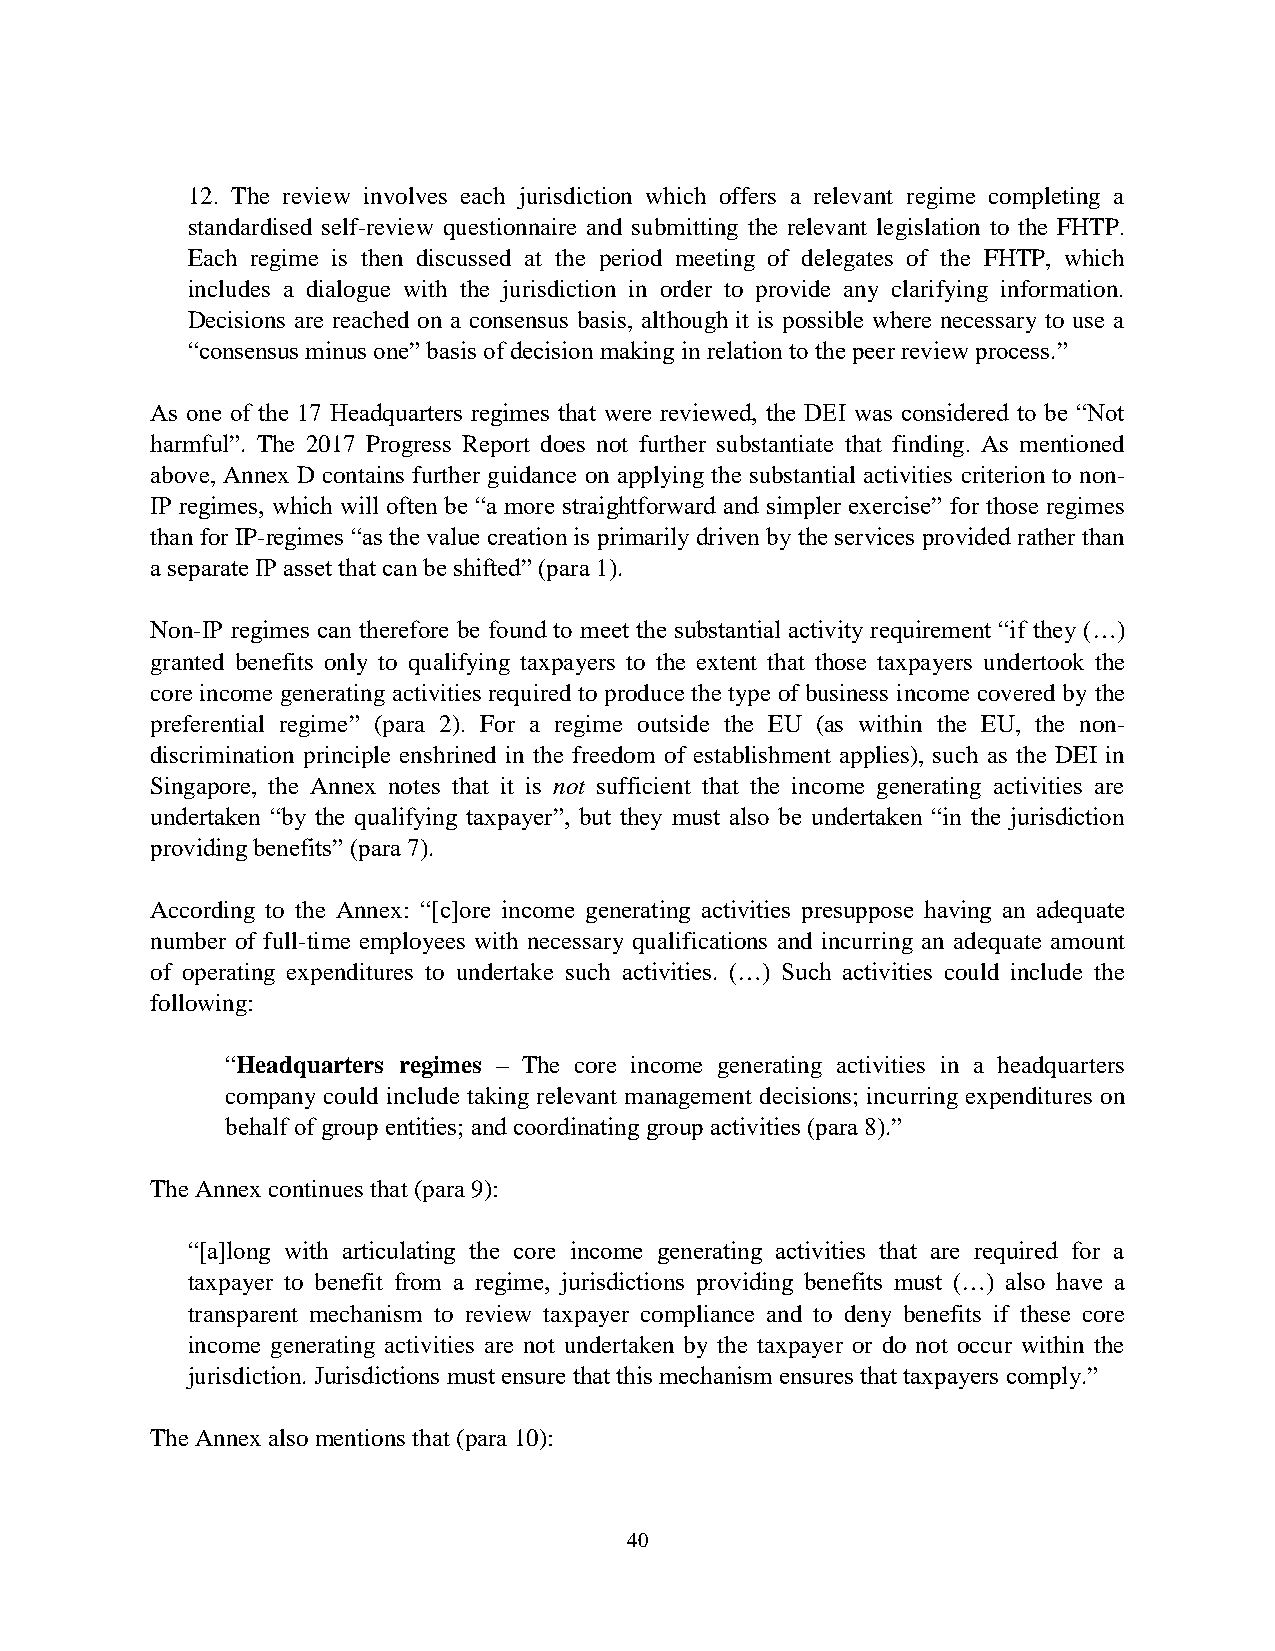
12. The review involves each jurisdiction which offers a relevant regime completing a
 standardised self-review questionnaire and submitting the relevant legislation to the FHTP.
 Each regime is then discussed at the period meeting of delegates of the FHTP, which
 includes a dialogue with the jurisdiction in order to provide any clarifying information.
 Decisions are reached on a consensus basis, although it is possible where necessary to use a
 “consensus minus one” basis of decision making in relation to the peer review process.”
 As one of the 17 Headquarters regimes that were reviewed, the DEI was considered to be “Not
 harmful”. The 2017 Progress Report does not further substantiate that finding. As mentioned
 above, Annex D contains further guidance on applying the substantial activities criterion to non-
 IP regimes, which will often be “a more straightforward and simpler exercise” for those regimes
 than for IP-regimes “as the value creation is primarily driven by the services provided rather than
 a separate IP asset that can be shifted” (para 1).
 Non-IP regimes can therefore be found to meet the substantial activity requirement “if they (…)
 granted benefits only to qualifying taxpayers to the extent that those taxpayers undertook the
 core income generating activities required to produce the type of business income covered by the
 preferential regime” (para 2). For a regime outside the EU (as within the EU, the non-
 discrimination principle enshrined in the freedom of establishment applies), such as the DEI in
 Singapore, the Annex notes that it is not sufficient that the income generating activities are
 undertaken “by the qualifying taxpayer”, but they must also be undertaken “in the jurisdiction
 providing benefits” (para 7).
 According to the Annex: “[c]ore income generating activities presuppose having an adequate
 number of full-time employees with necessary qualifications and incurring an adequate amount
 of operating expenditures to undertake such activities. (…) Such activities could include the
 following:
 “Headquarters regimes – The core income generating activities in a headquarters
 company could include taking relevant management decisions; incurring expenditures on
 behalf of group entities; and coordinating group activities (para 8).”
 The Annex continues that (para 9):
 “[a]long with articulating the core income generating activities that are required for a
 taxpayer to benefit from a regime, jurisdictions providing benefits must (…) also have a
 transparent mechanism to review taxpayer compliance and to deny benefits if these core
 income generating activities are not undertaken by the taxpayer or do not occur within the
 jurisdiction. Jurisdictions must ensure that this mechanism ensures that taxpayers comply.”
 The Annex also mentions that (para 10):
 40